Report on the treatment of epidemic cholera: from information collected by the governments of Bengal, Madras, Bombay, N.W. Provinces, Punjab, Oudh, and Central India, by order of the Government of India
Disease focus: Cholera
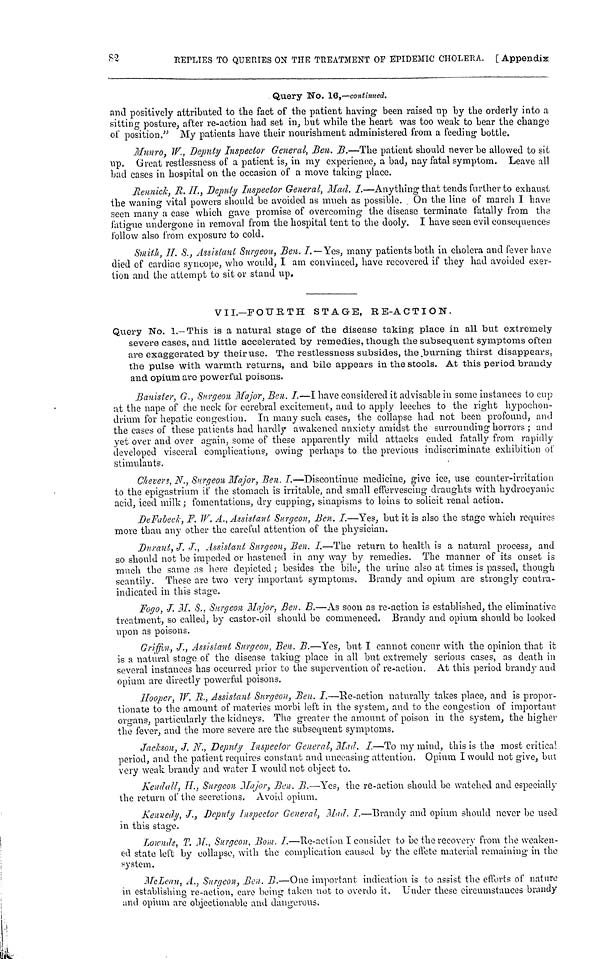
REPLIES TO QUERIES ON THE TREATMENT OP EPIDEMIC CHOLERA. [Appendix
Query No. 16,—continued.
and positively attributed to the fact of the patient having been raised up by the orderly into a
sitting posture, after re-action had set in, but while the heart was too weak to bear the change
of position." My patients have their nourishment administered from a feeding bottle.
Munro, W., Deputy Inspector General, Ben. B.—The patient should never be allowed to sit
up. Great restlessness of a patient is, in my experience, a bad, nay fatal symptom. Leave all
bad cases in hospital on the occasion of a move taking place.
Rennick, R. II, Deputy Inspector General, Mad. I.—Anything that tends further to exhaust
the waning vital powers should be avoided as much as possible. . On the line of march I have
seen many a case which gave promise of overcoming the disease terminate fatally from the
fatigue undergone in removal from the hospital tent to the dooly. I have seen evil consequences
follow also from exposure to cold.
Smith, H. S., Assistant Surgeon, Ben. I. — Yes, many patients both in cholera and fever have
died of cardiac syncope, who would, I am convinced, have recovered if they had avoided exer-
tion and the attempt to sit or stand up.
VII.—FOURTH STAGE, RΕ-ACΤΙΟΝ.
Query No. 1.—This is a natural stage of the disease taking place in all but extremely
severe cases, and little accelerated by remedies, though tue subsequent symptoms often
are exaggerated by their use. The restlessness subsides, the burning thirst disappears,
the pulse with warmth returns, and bile appears in the stools. At this period brandy
and opium are powerful poisons.
Banister, G., Surgeon Major, Ben. I.—I have considered it advisable in some instances to cup
at the nape of the neck for cerebral excitement, and to apply leeches to the right hypochon-
drium for hepatic congestion. In many such cases, the collapse had not been profound, and
the cases of these patients had hardly awakened anxiety amidst the surrounding horrors ; and
yet over and over again, some of these apparently mild attacks ended fatally from rapidly
developed visceral complications, owing perhaps to the previous indiscriminate exhibition of
stimulants.
Chevers, N., Surgeon Major, Ben. I.—Discontinue medicine, give ice, use counter-irritation
to the epigastrium if the stomach is irritable, and small effervescing draughts with hydrocyanic
acid, iced milk; fomentations, dry cupping, sinapisms to loins to solicit renal action.
DeFabeck, F. W. A., Assistant Surgeon, Ben. I.—Yes, but it is also the stage which requires
more than any other the careful attention of the physician.
Durant, J. J., Assistant Surgeon, Ben. I.—The return to health is a natural process, and
so should not be impeded or hastened in any way by remedies. The manner of its onset is
much the same as here depicted ; besides the bile, the urine also at times is passed, though
scantily. These are two very important symptoms. Brandy and opium are strongly contra-
indicated in this stage.
Fogo, J. M. S., Surgeon Major, Ben. B.—As soon as re-action is established, the eliminative
treatment, so called, by castor-oil should be commenced. Brandy and opium should be looked
upon as poisons.
Griffin, J., Assistant Surgeon, Ben. B.—Yes, but I cannot concur with the opinion that it
is a natural stage of the disease taking place in all but extremely serious cases, as death in
several instances has occurred prior to the supervention of re-action. At this period brandy and
opium are directly powerful poisons.
Hooper, W. R., Assistant Surgeon, Ben. I.—He-action naturally takes place, and is propor-
tionate to the amount of materies morbi left in the system, and to the congestion of important-
organs, particularly the kidneys. The greater the amount of poison in the system, the higher
the fever, and the more severe are the subsequent symptoms.
Jackson, J. N., Deputy Inspector General, Mad. I.—To my mind, this is the most critical
period, and the patient requires constant and unceasing attention. Opium. I would not give, but
very weak brandy and water I would not object to.
Kendall, H., Surgeon Major, Ben. B.—Yes, the re-action should be watched and especially
the return of the secretions. Avoid opium.
Kennedy, J., Deputy Inspector General, Mad. I.—Brandy and opium should never be used
in this stage.
Lownds, T. M., Surgeon, Bom. J.—Re-action I consider to be the recovery from the weaken-
ed state left by collapse, with the complication caused by the effete material remaining in the
system.
McLean, A., Surgeon, Ben. B.—One important indication is to assist the efforts of nature
in establishing re-action, cure being taken not to overdo it. Under these circumstances brandy
and opium are objectionable and dangerous.